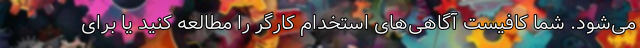
می‌شود. شما کافیست آگاهی‌های استخدام کارگر را مطالعه کنید یا برای